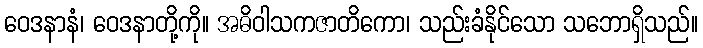
ဝေဒနာနံ၊ ဝေဒနာတို့ကို။ အဓိဝါသကဇာတိကော၊ သည်းခံနိုင်သော သဘောရှိသည်။